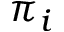
\pi _ { i }